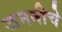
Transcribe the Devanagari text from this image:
जननीचे